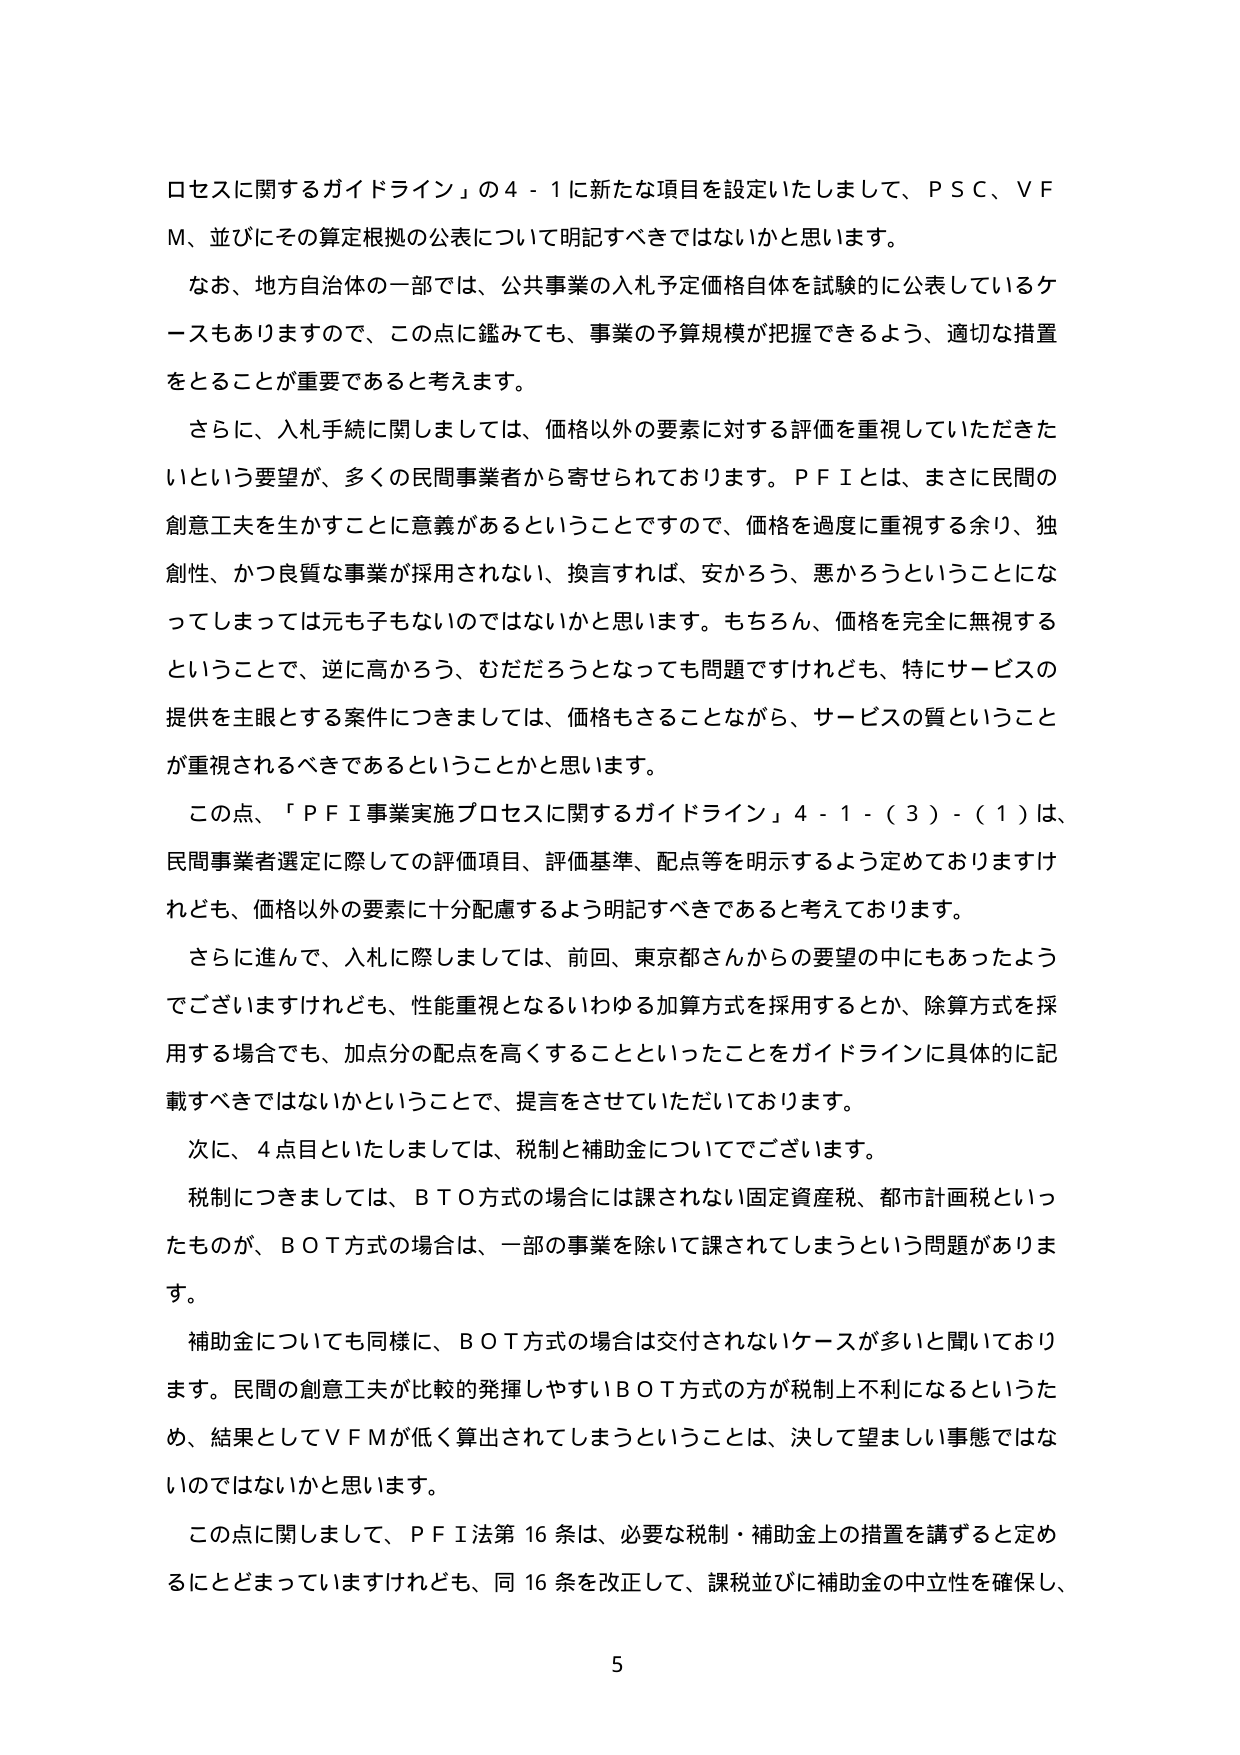
ロセスに関するガイドライン」の４－１に新たな項目を設定いたしまして、ＰＳＣ、ＶＦ
Ｍ、並びにその算定根拠の公表について明記すべきではないかと思います。
　なお、地方自治体の一部では、公共事業の入札予定価格自体を試験的に公表しているケ
ースもありますので、この点に鑑みても、事業の予算規模が把握できるよう、適切な措置
をとることが重要であると考えます。
　さらに、入札手続に関しましては、価格以外の要素に対する評価を重視していただきた
いという要望が、多くの民間事業者から寄せられております。ＰＦＩとは、まさに民間の
創意工夫を生かすことに意義があるということですので、価格を過度に重視する余り、独
創性、かつ良質な事業が採用されない、換言すれば、安かろう、悪かろうということにな
ってしまっては元も子もないのではないかと思います。もちろん、価格を完全に無視する
ということで、逆に高かろう、むだだろうとなっても問題ですけれども、特にサービスの
提供を主眼とする案件につきましては、価格もさることながら、サービスの質ということ
が重視されるべきであるということかと思います。
　この点、「ＰＦＩ事業実施プロセスに関するガイドライン」４－１－（３）－（１）は、
民間事業者選定に際しての評価項目、評価基準、配点等を明示するよう定めておりますけ
れども、価格以外の要素に十分配慮するよう明記すべきであると考えております。
　さらに進んで、入札に際しましては、前回、東京都さんからの要望の中にもあったよう
でございますけれども、性能重視となるいわゆる加算方式を採用するとか、除算方式を採
用する場合でも、加点分の配点を高くすることといったことをガイドラインに具体的に記
載すべきではないかということで、提言をさせていただいております。
　次に、４点目といたしましては、税制と補助金についてでございます。
　税制につきましては、ＢＴＯ方式の場合には課されない固定資産税、都市計画税といっ
たものが、ＢＯＴ方式の場合は、一部の事業を除いて課されてしまうという問題がありま
す。
　補助金についても同様に、ＢＯＴ方式の場合は交付されないケースが多いと聞いており
ます。民間の創意工夫が比較的発揮しやすいＢＯＴ方式の方が税制上不利になるというた
め、結果としてＶＦＭが低く算出されてしまうということは、決して望ましい事態ではな
いのではないかと思います。
　この点に関しまして、ＰＦＩ法第16条は、必要な税制・補助金上の措置を講ずると定め
るにとどまっていますけれども、同16条を改正して、課税並びに補助金の中立性を確保し、
5